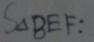
S _ { \Delta B E F } :